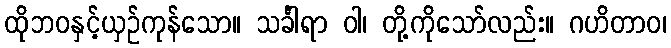
ထိုဘဝနှင့်ယှဉ်ကုန်သော။ သင်္ခါရာ ဝါ၊ တို့ကိုသော်လည်း။ ဂဟိတာဝ၊